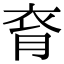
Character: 𧘯